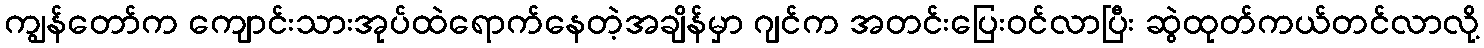
ကျွန်တော်က ကျောင်းသားအုပ်ထဲရောက်နေတဲ့အချိန်မှာ ဂျင်က အတင်းပြေးဝင်လာပြီး ဆွဲထုတ်ကယ်တင်လာလို့